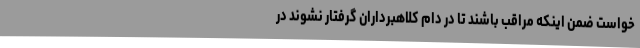
خواست ضمن اینکه مراقب باشند تا در دام کلاهبرداران گرفتار نشوند در